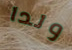
ولدا